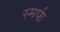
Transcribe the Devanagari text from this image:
स्मर्फ